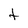
Character: t